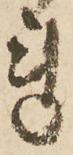
れ